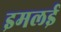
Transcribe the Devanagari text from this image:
इमलई